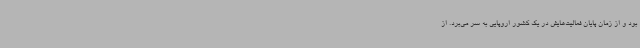
بود و از زمان پایان فعالیت‌هایش در یک کشور اروپایی به سر می‌برد. از